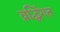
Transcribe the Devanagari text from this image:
व्रद्धिंगत